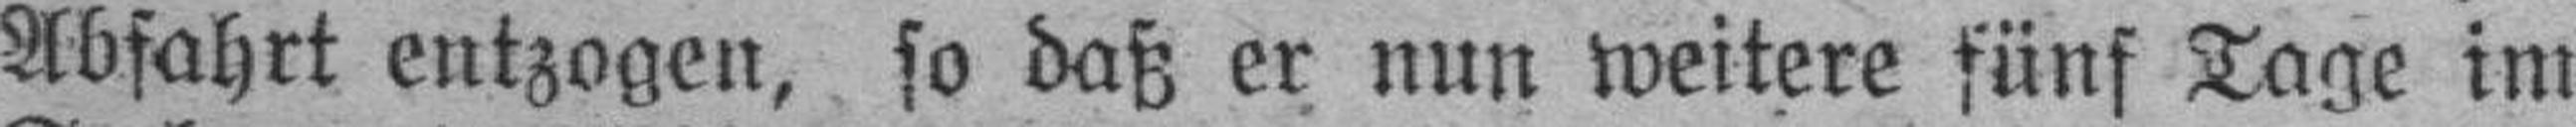
Abfahrt entzogen, so daß er nun weitere fünf Tage im